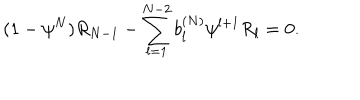
LaTeX: ( 1 - { \psi } ^ { N } ) R _ { N - 1 } - \sum _ { l = 1 } ^ { N - 2 } b _ { l } ^ { ( N ) } { \psi } ^ { l + 1 } R _ { l } = 0 .